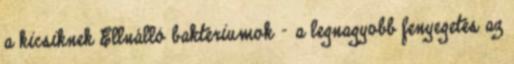
a kicsiknek Ellnálló baktériumok - a legnagyobb fenyegetés az